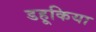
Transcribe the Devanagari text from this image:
डहूकिया